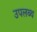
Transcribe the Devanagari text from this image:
उपलब्थ